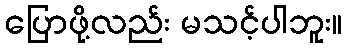
ပြောဖို့လည်း မသင့်ပါဘူး။